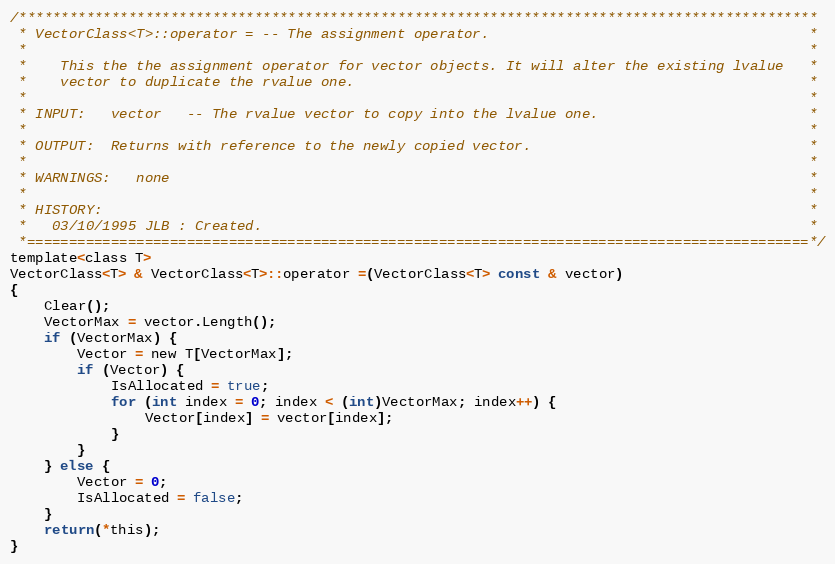
Language: C
/***********************************************************************************************
 * VectorClass<T>::operator = -- The assignment operator.                                      *
 *                                                                                             *
 *    This the the assignment operator for vector objects. It will alter the existing lvalue   *
 *    vector to duplicate the rvalue one.                                                      *
 *                                                                                             *
 * INPUT:   vector   -- The rvalue vector to copy into the lvalue one.                         *
 *                                                                                             *
 * OUTPUT:  Returns with reference to the newly copied vector.                                 *
 *                                                                                             *
 * WARNINGS:   none                                                                            *
 *                                                                                             *
 * HISTORY:                                                                                    *
 *   03/10/1995 JLB : Created.                                                                 *
 *=============================================================================================*/
template<class T>
VectorClass<T> & VectorClass<T>::operator =(VectorClass<T> const & vector)
{
	Clear();
	VectorMax = vector.Length();
	if (VectorMax) {
		Vector = new T[VectorMax];
		if (Vector) {
			IsAllocated = true;
			for (int index = 0; index < (int)VectorMax; index++) {
				Vector[index] = vector[index];
			}
		}
	} else {
		Vector = 0;
		IsAllocated = false;
	}
	return(*this);
}